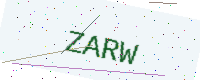
Text: ZARW